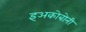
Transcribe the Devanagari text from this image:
इअकोबोनी